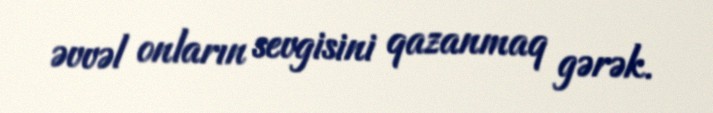
əvvəl onların sevgisini qazanmaq gərək.